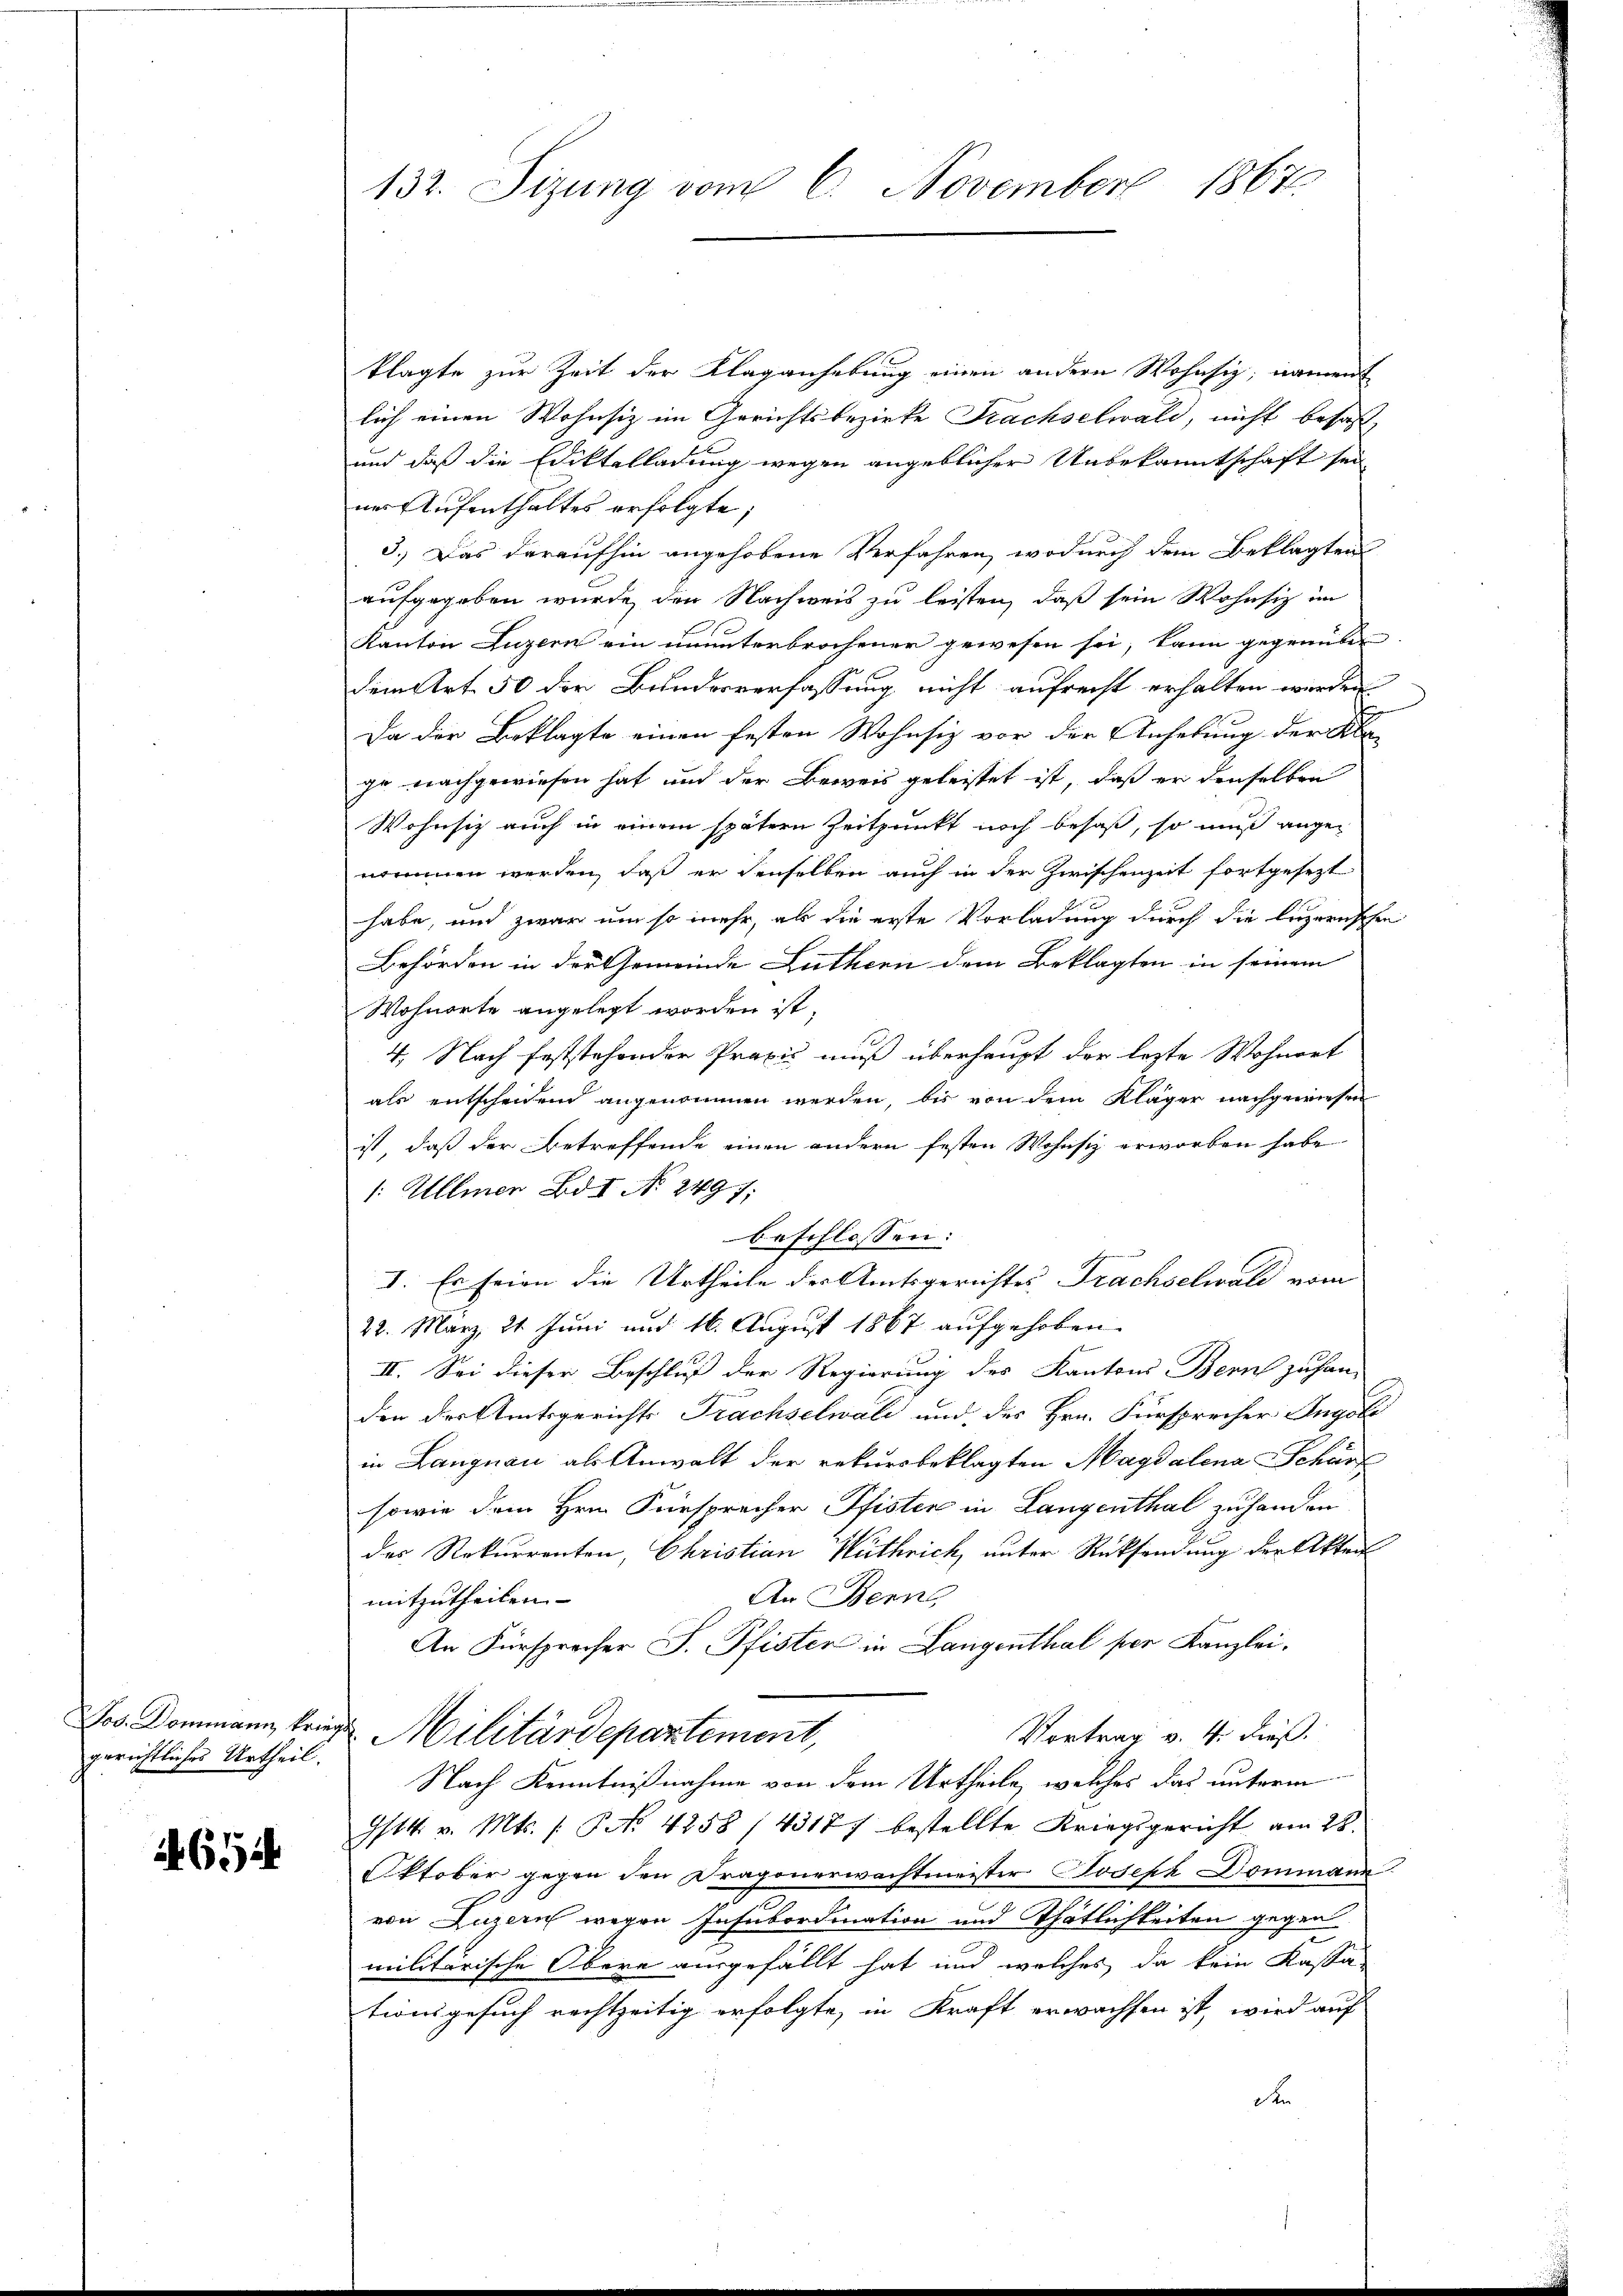
gerichtliches Urtheil.

4654

132. Sizung vom 6. November 1867.

klagte zur Zeit der Klaganhebung einen andern Wohnsiz, nament
lich einen Wohnsiz im Gerichtsbezirke Prachselwald, nicht besas
und daß die Ediktelladung wegen angeblicher Unbekanntschaft sei
ner Aufenthaltes erfolgte;
3.) Das daraufhin angehobene Verfahren, wodurch dem Beklagten
aufgegeben wurde, den Nachweis zu leisten, daß sein Wohnsiz im
Kanton Luzern ein ununterbrochener gewesen sei, kann gegenüber
dem Art. 50 der Bundesverfassung nicht aufrecht erhalten werden
Da der Beklagte einen festen Wohnsiz vor der Anhebung der Kla-
ge nachgewiesen hat und der Beweis geleistet ist, daß er denselben
Wohnsitz auch in einem spätern Zeitpunkt noch besaß, so muß angenommen werden, daß er denselben auch in der Zwischenzeit fortgesezt
habe, und zwar um so mehr, als die erste Vorladung durch die luzernschen
Behörden in der Gemeinde Luthern dem Beklagten in seinem
Wohnorte angelegt worden ist,
4. Nach feststehender Praxis muß überhaupt der lezte Wohnort
als entscheidend angenommen werden, bis von dem Kläger nachgewiesen
ist, daß der Betreffende einen andern festen Wohnsiz erworben habe
1: Ullmer Bd I No 2497;
beschlossen:
I. Es feien die Urtheile der Amtsgerichtes Frachselwald vom
22. März, 21. Juni und 16. August 1867 aufgehoben.
II. Sei dieser Beschluß der Regierung des Kantons Bern zuhan-
den der Amtsgerichts Frachselwald und des Hrn. Fürsprecher Ingoli
in Langnau als Anwalt der rekursbeklagten Magdalena Schürf
sowie dem Hrn. Fürspracher Pfister in Langenthal zu handen
das Rekurrenten, Christian Wuthrich, unter Rücksendung der Akten
An Bern,
mitzutheilen |
An Fürsprocher F. Pfisten in Langenthal per Kanzlei.
Jos. Dommann kriege Militärdepartement,
Vortrag v. 4. dieß.
Nach Kenntnißnahme von dem Urtheile, welches das unterm
I/14. v. Mts. 1. No 4258 /43177 bestellte Kriegsgericht am 28.
Oktober gegen den Dragonerwachtmeister Joseph Dommann
von Luzern wegen Insubordination und Thätlichkeiten gegen
militärische Obere ausgefällt hat und welches da kein Kassa-
tionsgesuch rechtzeitig erfolgte, in Kraft erwachsen ist, wird auf
Fr